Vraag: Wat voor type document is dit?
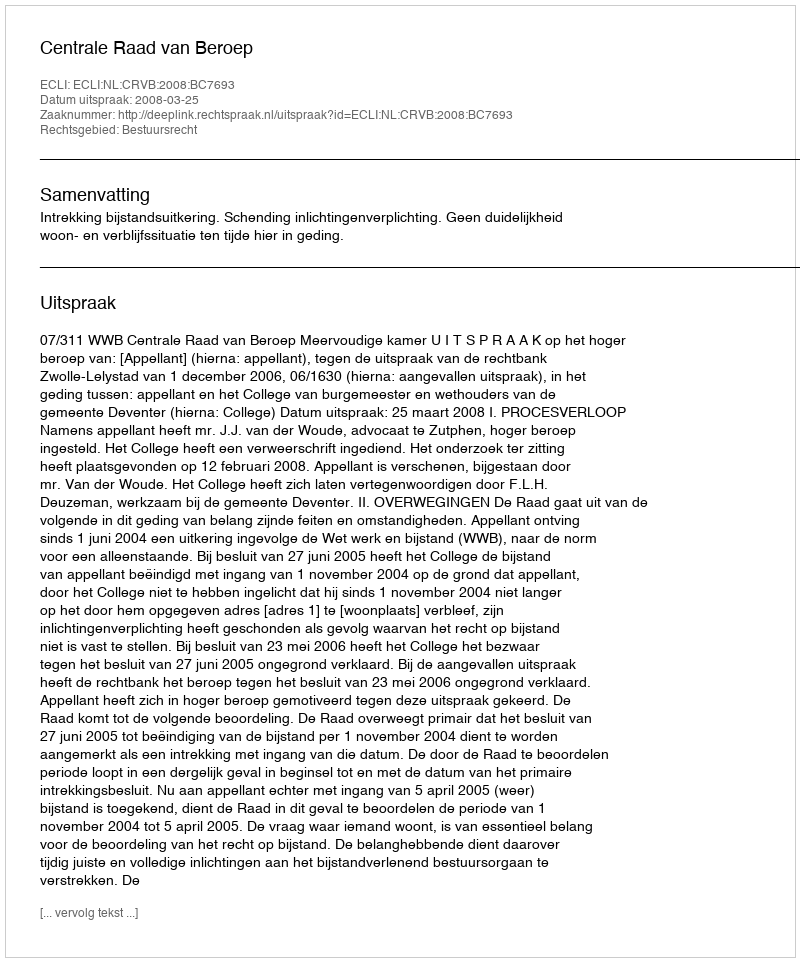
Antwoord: Uitspraak